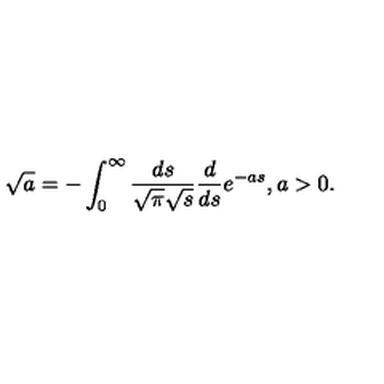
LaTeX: \sqrt { a } = - \int _ { 0 } ^ { \infty } \frac { d s } { \sqrt { \pi } \sqrt { s } } \frac { d } { d s } e ^ { - a s } , a > 0 .